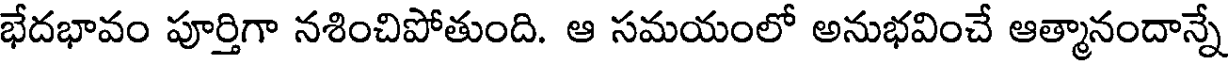
భేదభావం పూర్తిగా నశించిపోతుంది. ఆ సమయంలో అనుభవించే ఆత్మానందాన్నే